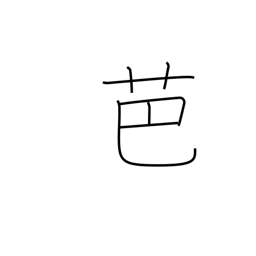
Meaning: banana